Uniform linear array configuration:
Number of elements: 4
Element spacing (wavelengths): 0.75
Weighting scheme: uniform
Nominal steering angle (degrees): -30
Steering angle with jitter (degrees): -31.204
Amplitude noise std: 0.05
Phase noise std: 0.05

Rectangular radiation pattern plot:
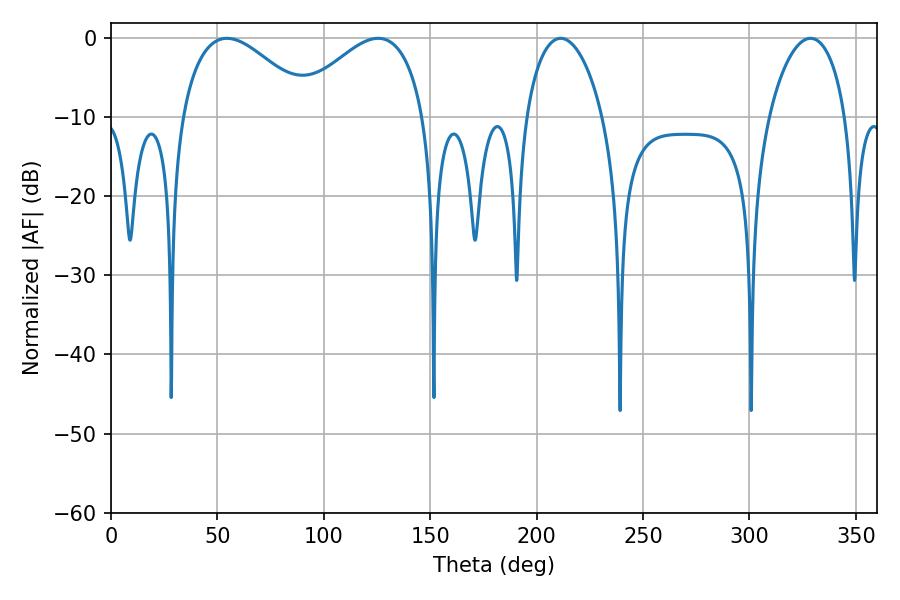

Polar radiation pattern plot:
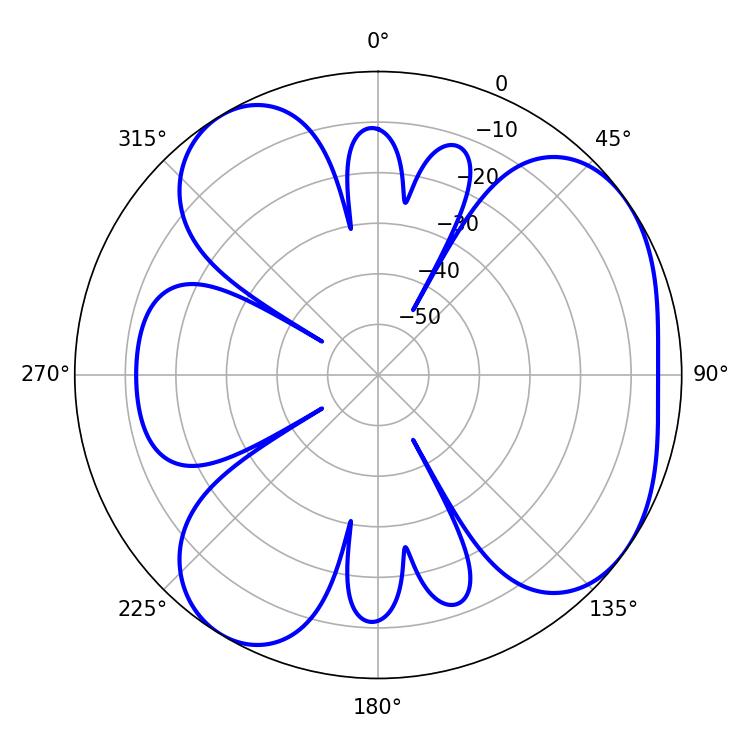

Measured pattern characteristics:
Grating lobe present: TRUE
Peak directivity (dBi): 5.204
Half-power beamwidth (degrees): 20.52
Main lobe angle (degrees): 211.32